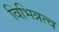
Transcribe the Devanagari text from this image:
विभिन्नत्व